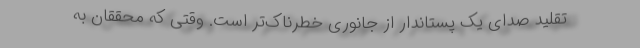
تقلید صدای یک پستاندار از جانوری خطرناک‌تر است. وقتی که محققان به